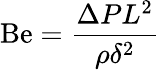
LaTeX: \mathrm{Be}={\frac{\Delta PL^{2}}{\rho\delta^{2}}}